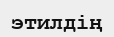
этилдің